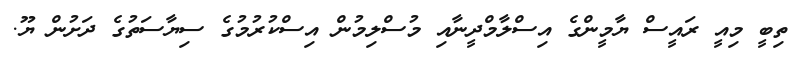
ތިބީ މިއީ ރައީސް ޔާމީންގެ އިސްލާމްދީނާއި މުސްލިމުން އިސްކުރުމުގެ ސިޔާސަތުގެ ދަށުން ޔޫ.